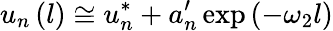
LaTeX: u_{n}\left(l\right)\cong u_{n}^{*}+a_{n}^{\prime}\exp\left(-\omega_{2}l\right)